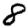
Digit: 8